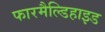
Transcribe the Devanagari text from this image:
फारमैल्डिहाइड